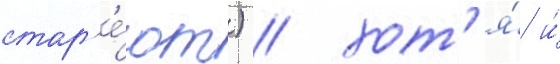
стар'е́ют) / хот'я́ и́